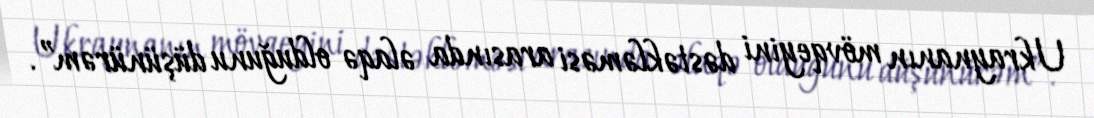
Ukraynanın mövqeyini dəstəkləməsi arasında əlaqə olduğunu düşünürəm”.